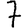
Digit: 7